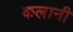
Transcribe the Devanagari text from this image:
कलानी